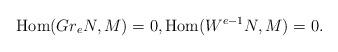
LaTeX: \begin{align*}{\rm Hom}(Gr_eN,M)=0,{\rm Hom}(W^{e-1}N,M)=0.\end{align*}